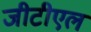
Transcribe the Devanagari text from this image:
जीटीएल